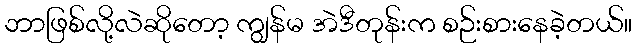
ဘာဖြစ်လို့လဲဆိုတော့ ကျွန်မ အဲဒီတုန်းက စဉ်းစားနေခဲ့တယ်။